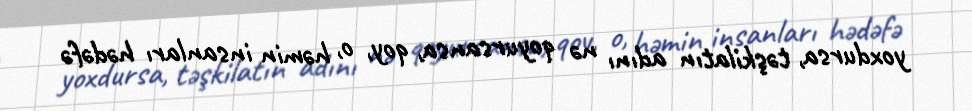
yoxdursa, təşkilatın adını nə qoyursansa, qoy, o, həmin insanları hədəfə